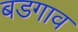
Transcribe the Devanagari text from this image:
बडगाव